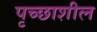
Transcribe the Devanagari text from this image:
पृच्छाशील